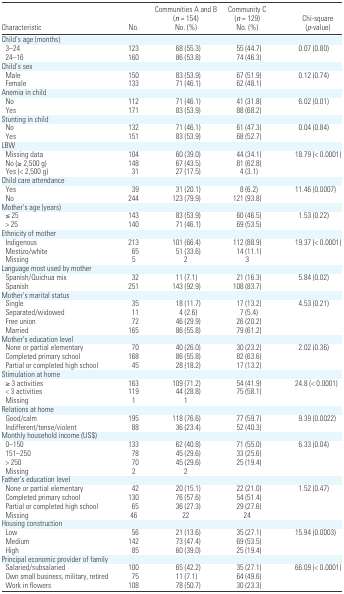
<table><thead><tr><td><b>Characteristic</b></td><td><b>No.</b></td><td><b>Communities A and B (<i>n</i> = 154) No. (%)</b></td><td><b>Community C (<i>n</i> = 129) No. (%)</b></td><td><b>Chi-square (<i>p</i>-value)</b></td></tr></thead><tbody><tr><td colspan="5">Child’s age (months)</td></tr><tr><td> 3–24</td><td>123</td><td>68 (55.3)</td><td>55 (44.7)</td><td>0.07 (0.80)</td></tr><tr><td> 24–16</td><td>160</td><td>86 (53.8)</td><td>74 (46.3)</td><td></td></tr><tr><td colspan="5">Child’s sex</td></tr><tr><td> Male</td><td>150</td><td>83 (53.9)</td><td>67 (51.9)</td><td>0.12 (0.74)</td></tr><tr><td> Female</td><td>133</td><td>71 (46.1)</td><td>62 (48.1)</td><td></td></tr><tr><td colspan="5">Anemia in child</td></tr><tr><td> No</td><td>112</td><td>71 (46.1)</td><td>41 (31.8)</td><td>6.02 (0.01)</td></tr><tr><td> Yes</td><td>171</td><td>83 (53.9)</td><td>88 (68.2)</td><td></td></tr><tr><td colspan="5">Stunting in child</td></tr><tr><td> No</td><td>132</td><td>71 (46.1)</td><td>61 (47.3)</td><td>0.04 (0.84)</td></tr><tr><td> Yes</td><td>151</td><td>83 (53.9)</td><td>68 (52.7)</td><td></td></tr><tr><td colspan="5">LBW</td></tr><tr><td> Missing data</td><td>104</td><td>60 (39.0)</td><td>44 (34.1)</td><td>18.79 (&lt; 0.0001)</td></tr><tr><td> No (≥ 2,500 g)</td><td>148</td><td>67 (43.5)</td><td>81 (62.8)</td><td></td></tr><tr><td> Yes (&lt; 2,500 g)</td><td>31</td><td>27 (17.5)</td><td>4 (3.1)</td><td></td></tr><tr><td colspan="5">Child care attendance</td></tr><tr><td> Yes</td><td>39</td><td>31 (20.1)</td><td>8 (6.2)</td><td>11.46 (0.0007)</td></tr><tr><td> No</td><td>244</td><td>123 (79.9)</td><td>121 (93.8)</td><td></td></tr><tr><td colspan="5">Mother’s age (years)</td></tr><tr><td> ≤ 25</td><td>143</td><td>83 (53.9)</td><td>60 (46.5)</td><td>1.53 (0.22)</td></tr><tr><td> &gt; 25</td><td>140</td><td>71 (46.1)</td><td>69 (53.5)</td><td></td></tr><tr><td colspan="5">Ethnicity of mother</td></tr><tr><td> Indigenous</td><td>213</td><td>101 (66.4)</td><td>112 (88.9)</td><td>19.37 (&lt; 0.0001)</td></tr><tr><td> Mestizo/white</td><td>65</td><td>51 (33.6)</td><td>14 (11.1)</td><td></td></tr><tr><td> Missing</td><td>5</td><td>2</td><td>3</td><td></td></tr><tr><td colspan="5">Language most used by mother</td></tr><tr><td> Spanish/Quichua mix</td><td>32</td><td>11 (7.1)</td><td>21 (16.3)</td><td>5.84 (0.02)</td></tr><tr><td> Spanish</td><td>251</td><td>143 (92.9)</td><td>108 (83.7)</td><td></td></tr><tr><td colspan="5">Mother’s marital status</td></tr><tr><td> Single</td><td>35</td><td>18 (11.7)</td><td>17 (13.2)</td><td>4.53 (0.21)</td></tr><tr><td> Separated/widowed</td><td>11</td><td>4 (2.6)</td><td>7 (5.4)</td><td></td></tr><tr><td> Free union</td><td>72</td><td>46 (29.9)</td><td>26 (20.2)</td><td></td></tr><tr><td> Married</td><td>165</td><td>86 (55.8)</td><td>79 (61.2)</td><td></td></tr><tr><td colspan="5">Mother’s education level</td></tr><tr><td> None or partial elementary</td><td>70</td><td>40 (26.0)</td><td>30 (23.2)</td><td>2.02 (0.36)</td></tr><tr><td> Completed primary school</td><td>168</td><td>86 (55.8)</td><td>82 (63.6)</td><td></td></tr><tr><td> Partial or completed high school</td><td>45</td><td>28 (18.2)</td><td>17 (13.2)</td><td></td></tr><tr><td colspan="5">Stimulation at home</td></tr><tr><td> ≥ 3 activities</td><td>163</td><td>109 (71.2)</td><td>54 (41.9)</td><td>24.8 (&lt; 0.0001)</td></tr><tr><td> &lt; 3 activities</td><td>119</td><td>44 (28.8)</td><td>75 (58.1)</td><td></td></tr><tr><td> Missing</td><td>1</td><td>1</td><td></td><td></td></tr><tr><td colspan="5">Relations at home</td></tr><tr><td> Good/calm</td><td>195</td><td>118 (76.6)</td><td>77 (59.7)</td><td>9.39 (0.0022)</td></tr><tr><td> Indifferent/tense/violent</td><td>88</td><td>36 (23.4)</td><td>52 (40.3)</td><td></td></tr><tr><td colspan="5">Monthly household income (US$)</td></tr><tr><td> 0–150</td><td>133</td><td>62 (40.8)</td><td>71 (55.0)</td><td>6.33 (0.04)</td></tr><tr><td> 151–250</td><td>78</td><td>45 (29.6)</td><td>33 (25.6)</td><td></td></tr><tr><td> &gt; 250</td><td>70</td><td>45 (29.6)</td><td>25 (19.4)</td><td></td></tr><tr><td> Missing</td><td>2</td><td>2</td><td></td><td></td></tr><tr><td colspan="5">Father’s education level</td></tr><tr><td> None or partial elementary</td><td>42</td><td>20 (15.1)</td><td>22 (21.0)</td><td>1.52 (0.47)</td></tr><tr><td> Completed primary school</td><td>130</td><td>76 (57.6)</td><td>54 (51.4)</td><td></td></tr><tr><td> Partial or completed high school</td><td>65</td><td>36 (27.3)</td><td>29 (27.6)</td><td></td></tr><tr><td> Missing</td><td>46</td><td>22</td><td>24</td><td></td></tr><tr><td colspan="5">Housing construction</td></tr><tr><td> Low</td><td>56</td><td>21 (13.6)</td><td>35 (27.1)</td><td>15.94 (0.0003)</td></tr><tr><td> Medium</td><td>142</td><td>73 (47.4)</td><td>69 (53.5)</td><td></td></tr><tr><td> High</td><td>85</td><td>60 (39.0)</td><td>25 (19.4)</td><td></td></tr><tr><td colspan="5">Principal economic provider of family</td></tr><tr><td> Salaried/subsalaried</td><td>100</td><td>65 (42.2)</td><td>35 (27.1)</td><td>66.09 (&lt; 0.0001)</td></tr><tr><td> Own small business, military, retired</td><td>75</td><td>11 (7.1)</td><td>64 (49.6)</td><td></td></tr><tr><td> Work in flowers</td><td>108</td><td>78 (50.7)</td><td>30 (23.3)</td><td></td></tr></tbody></table>